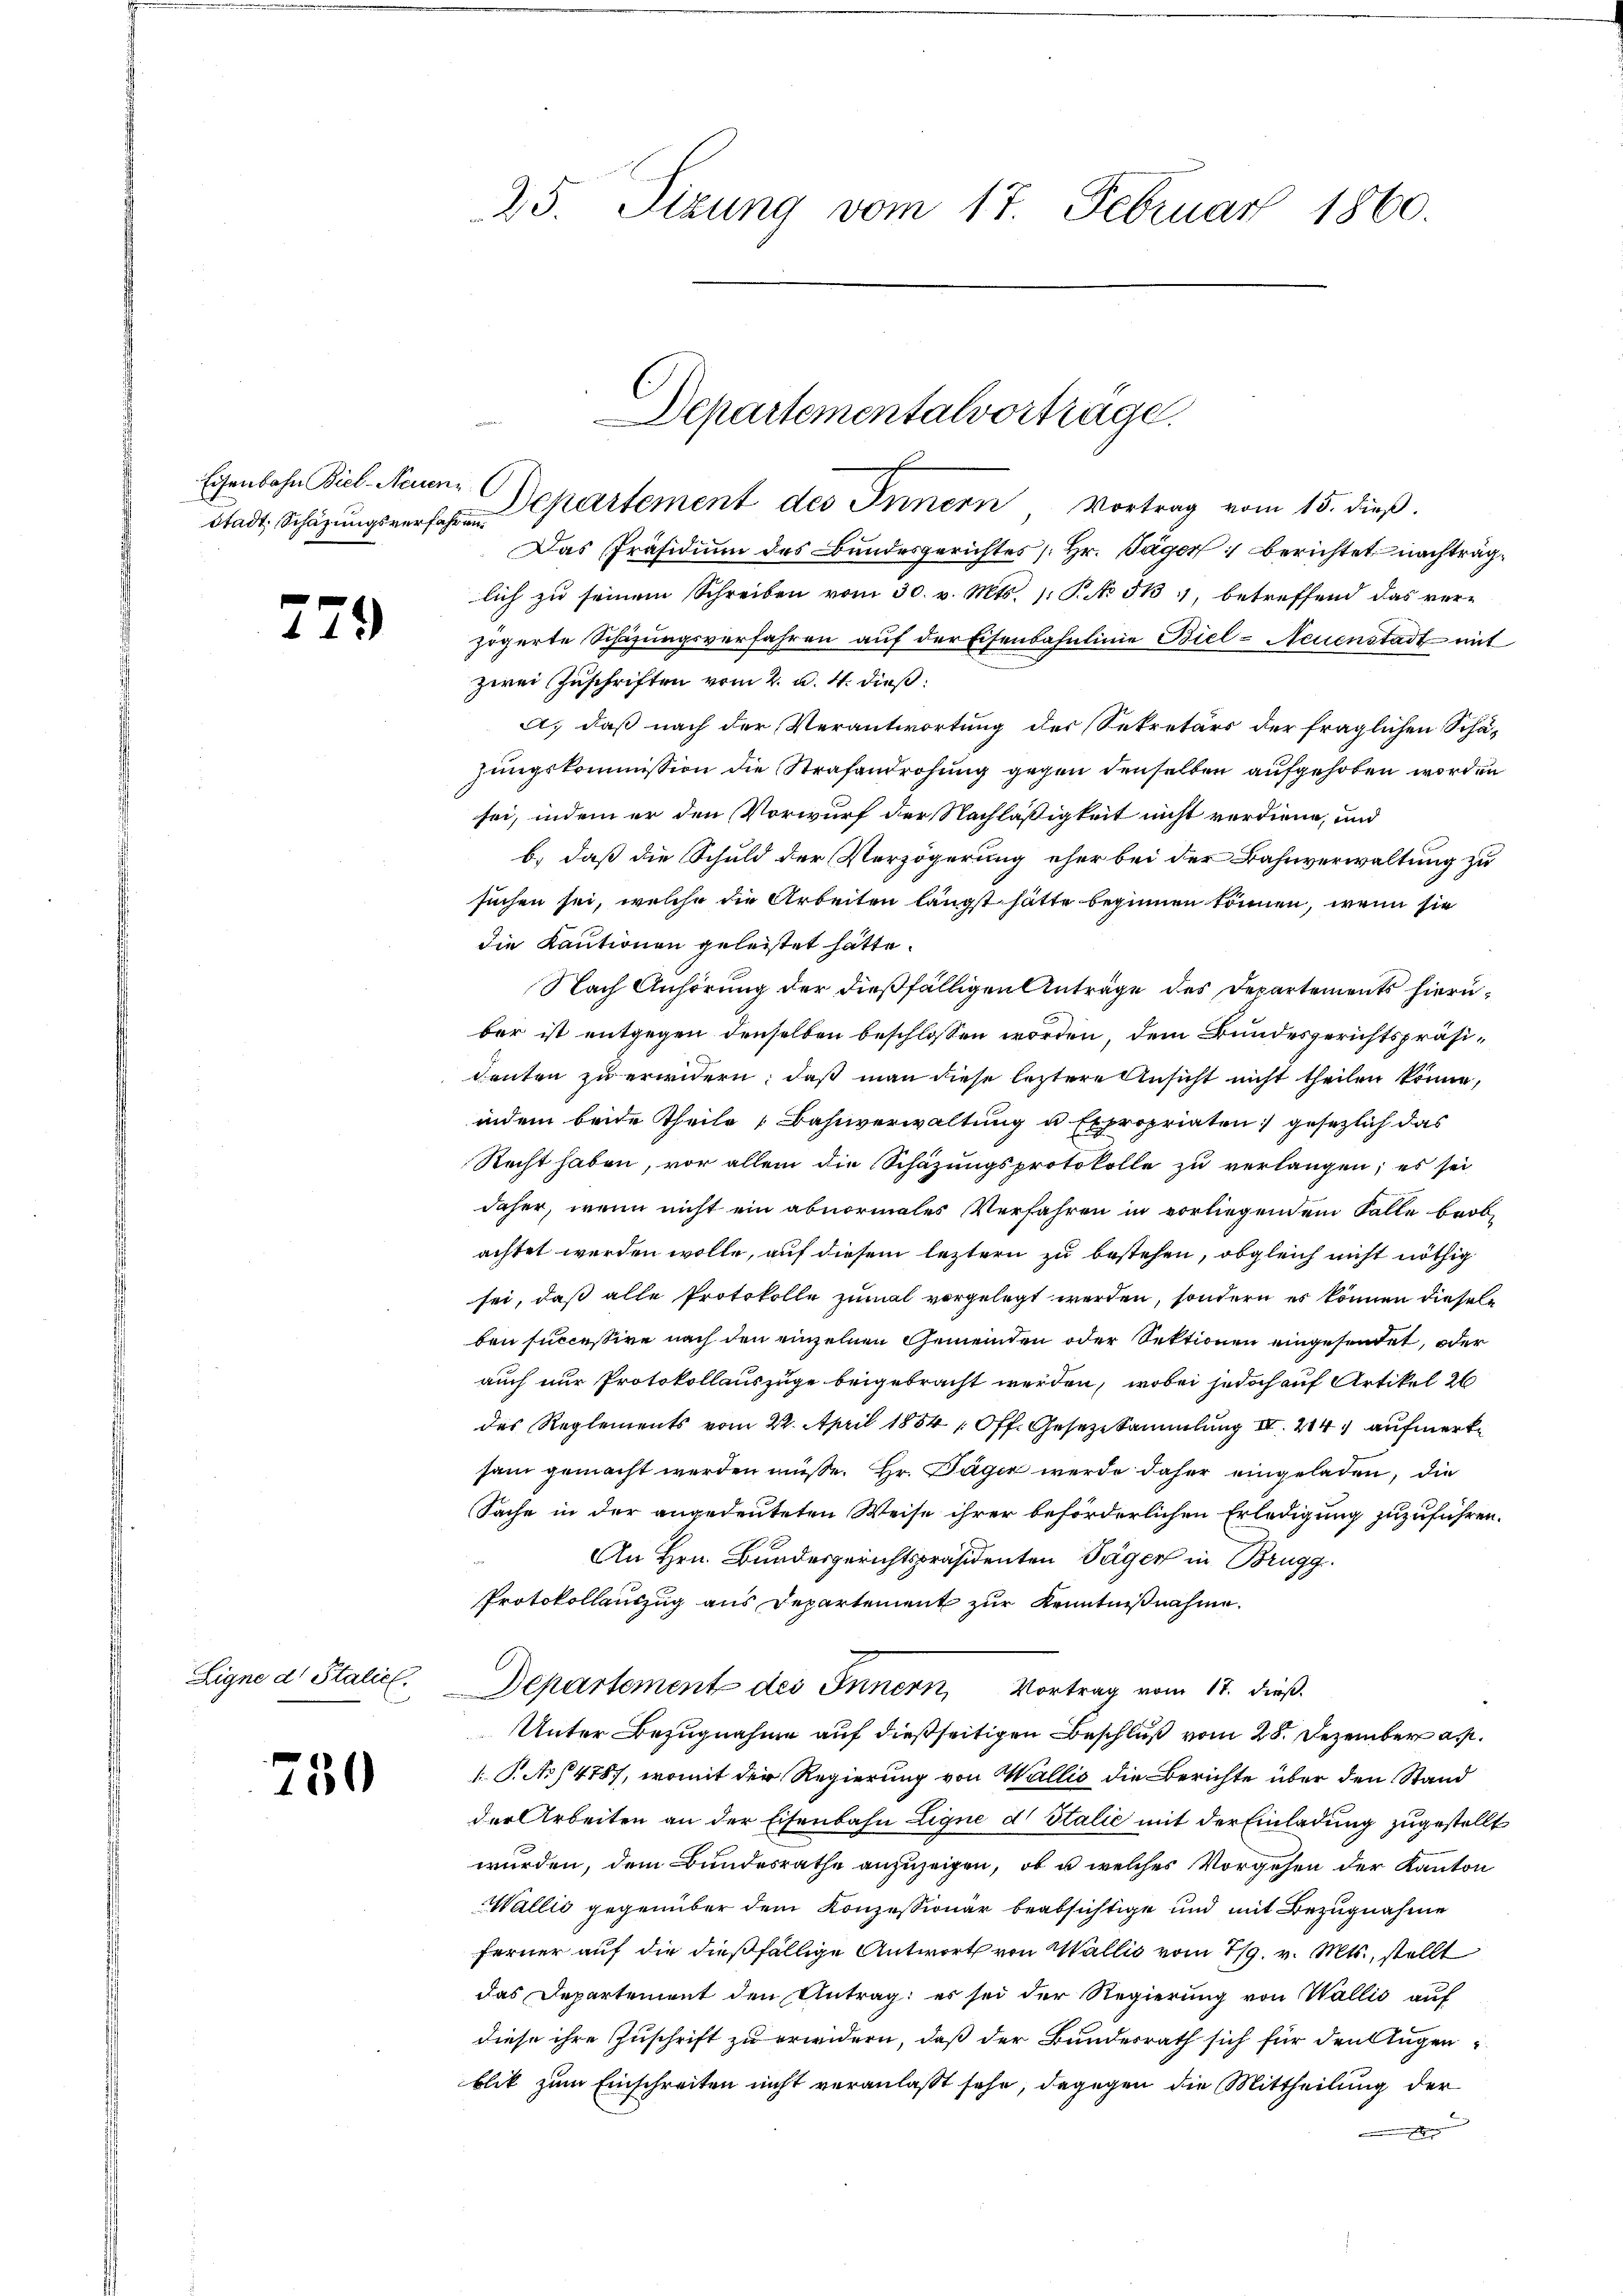
Stadt Schazungsverfahren.

2

79

Eigne d. Staliel.

750

25. Sizung vom 17. Februar 1860.

Departementalvortrage.
Eisenbahn Biel Mann. Departement des Innern Vortrag vom 15. dieß.

Das Präsidium des Bundesgerichtes Hr. Pager berichtet nachträglich zu seinem Schreiben vom 30. v. Mts. (: P. No 513, betreffend das ver-
zögerte Schazungsverfahren auf der Eisenbahnlinie Biel- Neuenstadt mit
zwei Zuschriften vom 2. d. 4. dieß:
A. daß nach der Verantwortung der Sekretärs der fraglichen Schäzungskommission die Strafandrohung gegen denselben aufgehoben worden
sei, indem er den Vorwurf der Nachläßigkeit nicht verdiene, und
b.) daß die Schuld der Verzögerung eher bei der Bahnverwaltung zu
suchen sei, welche die Arbeiten längst hätte beginnen können, wenn sie
die Kautionen geleistet hätte.
Nach Anhörung der dießfälligen Anträge des Departements hierüber ist entgegen denselben beschlossen worden, dem Bundesgerichtspräsidenten zu erwidern, daß man diese leztere Ansicht nicht theilen könne,
indem beide Theile Bahnverwaltung u. Expropriaten gesezlich das
Recht haben, vor allein die Schazungsprotokolle zu verlangen; es sei
daher, wenn nicht ein abnormales Verfahren in vorliegendem Falle beob-
achtet werden wolle, auf diesem leztern zu bestehen, obgleich nicht nöthig
sei, daß alle Protokolle zumal vorgelegt werden, sondern er können diesel
ben successive nach den einzelnen Gemeinden oder Sektionen eingesendet, oder
auch nur Protokollauszüge beigebracht werden, wobei jedoch auf Artikel 2
des Reglements vom 22. April 1884 (Off. Geseze Sammlung IV 214 aufmerksam gemacht werden müsse. Hr. Däger werde daher eingeladen, die
Sache in der angedeuteten Weise ihrer beförderlichen Erledigung zuzuführen.
An Hrn. Bundesgerichtspräsidenten Täger in Brugg
a
Protokollauszug aus Departement zur Kenntnißnahme.
Departement des Innern, Vortrag vom 17. dieß.
Unter Bezugnahme auf dießseitigen Beschluß vom 28. Dezember a.
1. P. No 14787, womit der Regierung von Wallis die Berichte über den Stand
der Arbeiten an der Eisenbahn Ligne d Italie mit der Einladung zugestellt
wurden, dem Bundesrathe anzuzeigen, ob u. welches Vorgehen der Kanton
Wallić gegenüber dem Konzessionär beabsichtige und mit Bezugnahme
ferner auf die dießfällige Antwort von Wallis vom 29. v. Mts., stellt
das Departement den Antrag: es sei der Regierung von Wallis auf
diese ihre Zuschrift zu erwidern, daß der Bundesrath sich für den Augenblik zum Einschreiten nicht veranlaßt sehe, dagegen die Mittheilung der
e